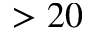
> 2 0